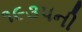
૧૯૩૫ની